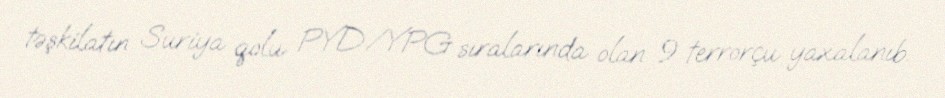
təşkilatın Suriya qolu PYD/YPG sıralarında olan 9 terrorçu yaxalanıb.